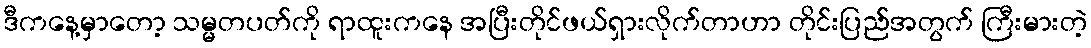
ဒီကနေ့မှာတော့ သမ္မတပတ်ကို ရာထူးကနေ အပြီးတိုင်ဖယ်ရှားလိုက်တာဟာ တိုင်းပြည်အတွက် ကြီးမားတဲ့